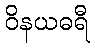
ဝိနယဓရီ